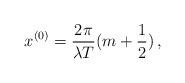
LaTeX: \begin{align*}x^{(0)} = \frac{2\pi}{\lambda T} (m + \frac{1}{2})\,,\end{align*}